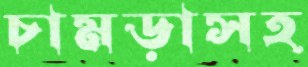
চামড়াসহ